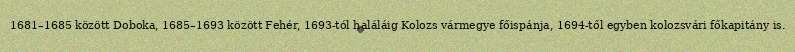
1681–1685 között Doboka, 1685–1693 között Fehér, 1693-tól haláláig Kolozs vármegye főispánja, 1694-től egyben kolozsvári főkapitány is.